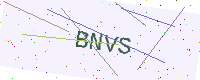
Text: BNVS